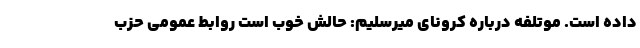
داده است. موتلفه درباره کرونای میرسلیم: حالش خوب است روابط عمومی حزب